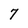
Character: 7